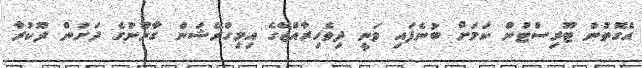
އެގޮތުން ޓޫރިސްޓުން ކަަމަށް ބުނެފައި ވަނީ ދިވެހިރާއްޖޭގެ އިމިގްރޭޝަން ގާނޫނުގެ ދަށުން ދޫކުރާ